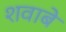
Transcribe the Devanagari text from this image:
शवाबे